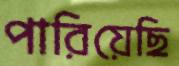
পারিয়েছি